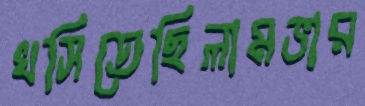
খসিতেছিলামভার